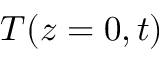
T ( z = 0 , t )